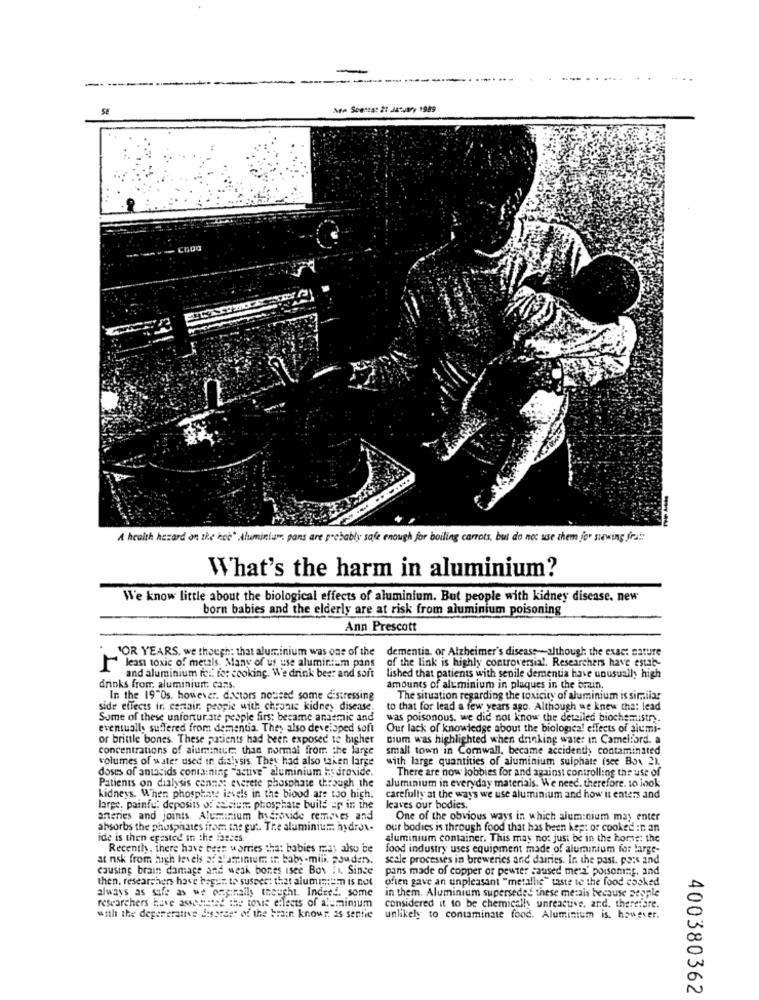
Are Sceneat 2: January 1989
--
A health hazard on the hot" Aluminium, pans are probably safe enough for boiling carrots, but do not use them jor suwing frai:
What's the harm in aluminium?
We know little about the biological effects of aluminium. But people with kidney disease, new
born babies and the elderly are at risk from aluminium poisoning
Ann Prescott
"OR YEARS, we though; that aluminium was one of the dementia, or Alzheimer's disease -- although the exact nature
of the link is highly controversial. Researchers have estab-
least toxic of metals. Many of us use aluminium pans
and aluminium ic :: for cooking. We drink bes: and soft
lished that patients with senile dementia have unusually high
drinks from aluminiumt; cans.
amounts of aluminium in plaques in the brain.
In the 19"0s. however. doctors noused some distressing
The situation regarding the toxicity of aluminium is similar
side effects ir, centair, people with chronic kidney disease.
to that for lead a few years ago. Although we knew tha: lead
Some of these unforturate people firs; became andemic and
was poisonous. we did not know the detailed biochemistry.
eventually suffered from dementia. They also developed soft
Our lack of knowledge about the biological effects of alumi-
or brittle bones. These patients had been exposed to higher
cium was highlighted when drinking water in Camellord. a
concentrations of alumintur ,; than normal from the large
small town in Cornwall, became accidenthy contaminated
volumes of water used in dialysis. They had also taken large
with large quantities of aluminium suiphate (see Box 2).
doses of antacids containing "active"aluminium hydroxide.
There are now lobbies for and against controlling the use of
Patients on dialysis cannot everete phosphate through the
aluminium in everyday materials. We need. therefore. to look
kidneys. When phosphate levels in the biood are too high.
carefully at the ways we use aluminium and how it enters and
large, painfu: deposits of Isium phosphate build up in the
leaves our bodies.
arteries and joints. Aluminium hydroxide removes and
One of the obvious ways in which aluminium may enter
absorbs the phosphates from the gut. The aluminium hydros.
our bodies is through food that has been kep: or cooked in an
ide is then egested in the faeces.
aluminium container. This may not just be in the horse: the
Recenthy, there have been worries that babies may also be
food industry uses equipment made of aluminium for large-
at risk from high levels selaminur in baby-mill. pouders.
scale processes in breweries and dairies. In. the past. pois and
causing brain damage and weak bones isee Box It. Since
pans made of copper or pewter caused me"a" poisoning, and
then, researchers have begun to suspect that aluminium is not
ofien gave an unpleasant "metalle" taste te the food cooked
always as safe as we originally thought. Indeed. some
in them. Aluminium superseded these metals because people
researchers have associated the toxic effects of aluminium
considered it to be chemically unreactive. and, therefore.
with the degenerative ansatder of the brain knowr. as sentie
unlikely to contaminate food. Aluminium is. however.
400380362